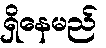
ရှိနေမည်